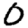
Digit: 0